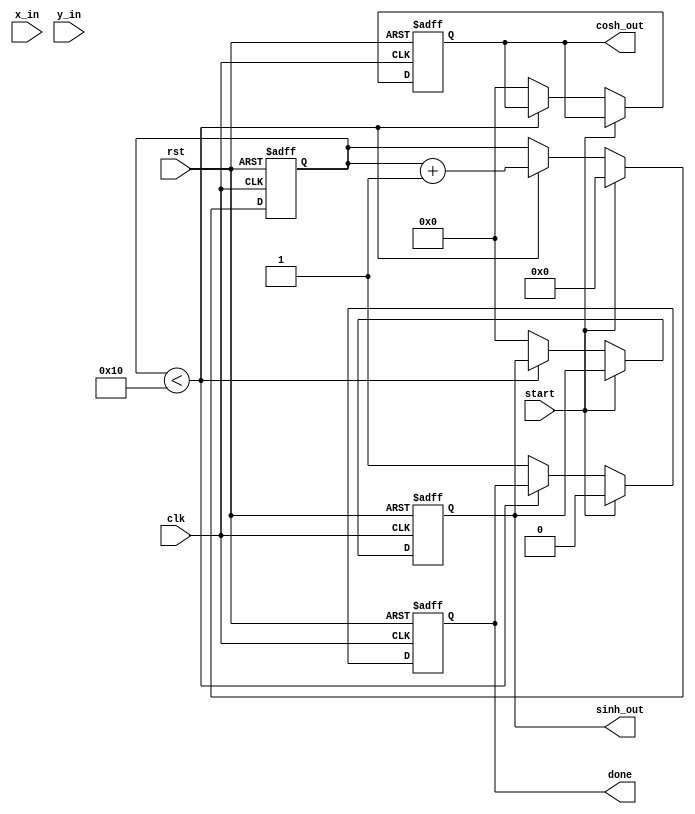
module hyperbolic_cordic (
    input wire clk,
    input wire rst,
    input wire start,
    input wire [15:0] x_in,   // Input x value
    input wire [15:0] y_in,   // Input y value
    output reg [15:0] sinh_out, // Output sinh value
    output reg [15:0] cosh_out, // Output cosh value
    output reg done           // Indicates completion
);

parameter NUM_ITERATIONS = 16; // Number of CORDIC iterations
parameter ANGLE_TABLE_WIDTH = 16; // Width of angle values

// Angle Lookup Table (arctanh values)
reg [ANGLE_TABLE_WIDTH-1:0] angle_table [0:NUM_ITERATIONS-1];
initial begin
    // Precomputed arctanh values for CORDIC iterations
    // Format: Fixed-point representation
    angle_table[0] = 16'h1C71; // arctanh(1/2^0)
    angle_table[1] = 16'h1A62; // arctanh(1/2^1)
    angle_table[2] = 16'h186A; // arctanh(1/2^2)
    angle_table[3] = 16'h1715; // arctanh(1/2^3)
    angle_table[4] = 16'h15B3; // arctanh(1/2^4)
    angle_table[5] = 16'h1489; // arctanh(1/2^5)
    angle_table[6] = 16'h136A; // arctanh(1/2^6)
    angle_table[7] = 16'h126B; // arctanh(1/2^7)
    angle_table[8] = 16'h1174; // arctanh(1/2^8)
    angle_table[9] = 16'h1096; // arctanh(1/2^9)
    angle_table[10] = 16'h0FCD; // arctanh(1/2^10)
    angle_table[11] = 16'h0F17; // arctanh(1/2^11)
    angle_table[12] = 16'h0E6C; // arctanh(1/2^12)
    angle_table[13] = 16'h0DB2; // arctanh(1/2^13)
    angle_table[14] = 16'h0D1B; // arctanh(1/2^14)
    angle_table[15] = 16'h0C8D; // arctanh(1/2^15)
end

// Internal registers
reg [15:0] x, y;
reg [15:0] x_temp, y_temp;
reg [4:0] iteration;
reg [15:0] scaling_factor = 16'h1C71; // Approximation of scaling factor for 16 iterations

// Control Logic
always @(posedge clk or posedge rst) begin
    if (rst) begin
        x <= 16'h0;
        y <= 16'h0;
        iteration <= 0;
        done <= 0;
        sinh_out <= 0;
        cosh_out <= 0;
    end else if (start) begin
        x <= x_in;
        y <= y_in;
        iteration <= 0;
        done <= 0;
    end else if (iteration < NUM_ITERATIONS) begin
        // CORDIC Iteration Logic
        if (y < 0) begin
            x_temp = x + (y >>> iteration);
            y_temp = y + (x >>> iteration);
        end else begin
            x_temp = x - (y >>> iteration);
            y_temp = y - (x >>> iteration);
        end
        x <= x_temp;
        y <= y_temp;
        iteration <= iteration + 1;
    end else begin
        // Final output calculation
        sinh_out <= (y * scaling_factor) >>> 16; // Adjust scaling
        cosh_out <= (x * scaling_factor) >>> 16; // Adjust scaling
        done <= 1;
    end
end

endmodule